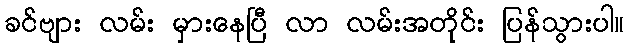
ခင်ဗျား လမ်း မှားနေပြီ လာ လမ်းအတိုင်း ပြန်သွားပါ။